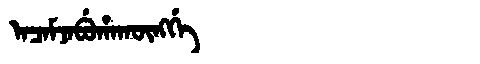
Manchu: ᠠᠴᠠᠮᠵᠠᠪᡠᡥᠠᡴᡡᠩᡤᡝ
Romanization: ACAMJABUHAKŪNGGE